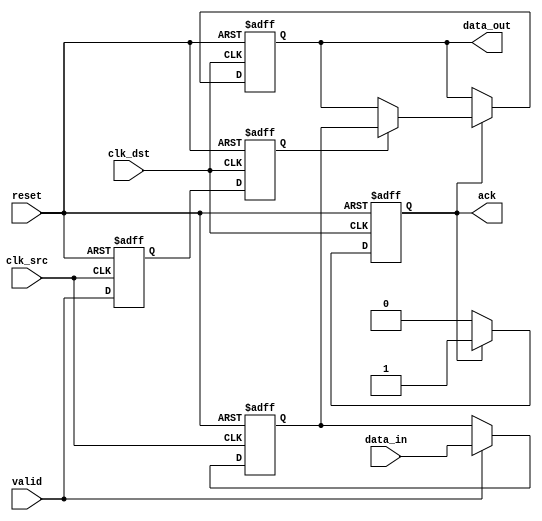
module handshake_synchronizer #(
    parameter DATA_WIDTH = 8    // Width of the data signal
)(
    // Input signals from the source clock domain
    input wire clk_src,          // Source clock
    input wire clk_dst,          // Destination clock
    input wire reset,            // Reset signal
    input wire [DATA_WIDTH-1:0] data_in, // Data input
    input wire valid,            // Valid signal
    
    // Output signals to the destination clock domain
    output reg [DATA_WIDTH-1:0] data_out, // Synchronized data output
    output reg ack               // Acknowledgment signal
);

// Internal signals for synchronization
reg valid_sync_1, valid_sync_2; // Synchronizer for 'valid' signal
reg [DATA_WIDTH-1:0] data_buffer; // Buffer for data

// Handshake logic
always @(posedge clk_dst or posedge reset) begin
    if (reset) begin
        data_out <= 0;
        ack <= 0;
    end else begin
        // Acknowledge the data only if the previous data has been processed
        if (ack) begin
            // If valid signal is high, capture the data
            if (valid_sync_2) begin
                data_out <= data_buffer;
                ack <= 1; // Send acknowledgment
            end
        end else begin
            ack <= 0; // Hold acknowledgment until processed
        end
    end
end

// Synchronize 'valid' signal across clock domains
always @(posedge clk_src or posedge reset) begin
    if (reset) begin
        valid_sync_1 <= 0;
    end else begin
        valid_sync_1 <= valid;
    end
end

always @(posedge clk_dst or posedge reset) begin
    if (reset) begin
        valid_sync_2 <= 0;
    end else begin
        valid_sync_2 <= valid_sync_1;
    end
end

// Data buffering
always @(posedge clk_src or posedge reset) begin
    if (reset) begin
        data_buffer <= 0;
    end else begin
        // Capture data if valid
        if (valid) begin
            data_buffer <= data_in;
        end
    end
end

endmodule